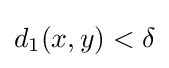
d_{1}(x,y)<\delta